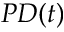
P D ( t )